Vaccination in Bombay 1856-1862 - 1856-1862
Year: 1856
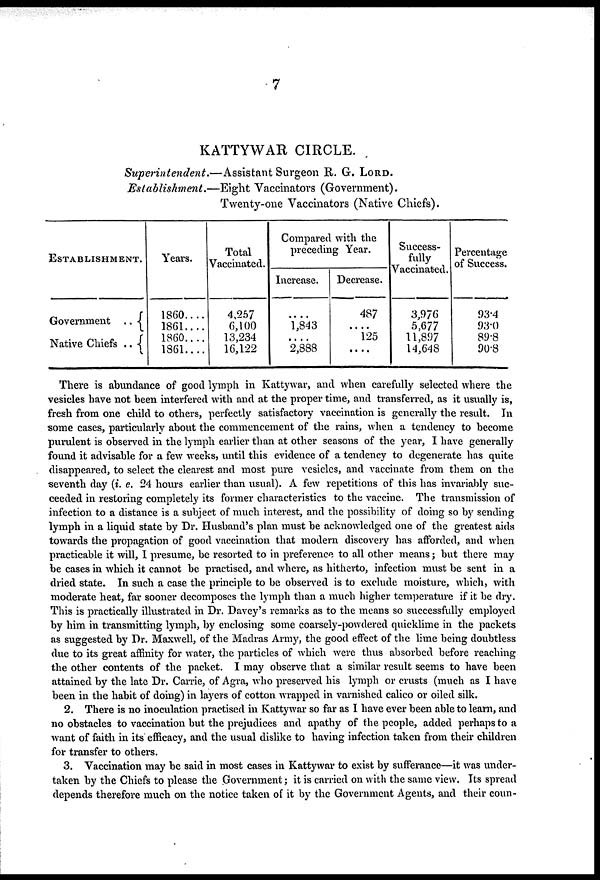
7
KATTYWAR CIRCLE.
Superintendent.—Assistant
Surgeon R. G. LORD.
Establishment.—Eight
Vaccinators (Government).
Twenty-one Vaccinators (Native Chiefs).
ESTABLISHMENT.
Government . .
Native Chiefs . .
Years.
1860....
1861....
1860....
1861....
Total
Vaccinated.
4,257
6,100
13,234
16,122
Compared with the
preceding Year.
Increase.
....
1,843
....
2,888
Decrease.
487
....
125
....
Success-
fully
Vaccinated.
3,976
5,677
11,897
14,648
Percentage
of Success.
93.4
93.0
89.8
90.8
There is abundance of good lymph in Kattywar, and when carefully selected where the
vesicles have not been interfered with and at the proper time, and transferred, as it usually is,
fresh from one child to others, perfectly satisfactory vaccination is generally the result. In
some cases, particularly about the commencement of the rains, when a tendency to become
purulent is observed in the lymph earlier than at other seasons of the year, I have generally
found it advisable for a few weeks, until this evidence of a tendency to degenerate has quite
disappeared, to select the clearest and most pure vesicles, and vaccinate from them on the
seventh day (i. e. 24 hours earlier than usual). A few repetitions of this has invariably suc-
ceeded in restoring completely its former characteristics to the vaccine. The transmission of
infection to a distance is a subject of much interest, and the possibility of doing so by sending
lymph in a liquid state by Dr. Husband's plan must be acknowledged one of the greatest aids
towards the propagation of good vaccination that modern discovery has afforded, and when
practicable it will, I presume, be resorted to in preference to all other means; but there may
be cases in which it cannot be practised, and where, as hitherto, infection must be sent in a
dried state. In such a case the principle to be observed is to exclude moisture, which, with
moderate heat, far sooner decomposes the lymph than a much higher temperature if it be dry.
This is practically illustrated in Dr. Davey's remarks as to the means so successfully employed
by him in transmitting lymph, by enclosing some coarsely-powdered quicklime in the packets
as suggested by Dr. Maxwell, of the Madras Army, the good effect of the lime being doubtless
due to its great affinity for water, the particles of which were thus absorbed before reaching
the other contents of the packet. I may observe that a similar result seems to have been
attained by the late Dr. Carrie, of Agra, who preserved his lymph or crusts (much as I have
been in the habit of doing) in layers of cotton wrapped in varnished calico or oiled silk.
2. There is no inoculation practised in Kattywar so far as I have ever been able to learn, and
no obstacles to vaccination but the prejudices and apathy of the people, added perhaps to a
want of faith in its efficacy, and the usual dislike to having infection taken from their children
for transfer to others.
3. Vaccination may be said in most cases in Kattywar to exist by sufferance—it was under-
taken by the Chiefs to please the Government; it is carried on with the same view. Its spread
depends therefore much on the notice taken of it by the Government Agents, and their coun-